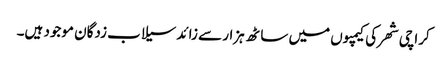
کراچی شھر کی کیمپوں میں ساٹھ ہزار سے زائد سیلاب زدگان موجود ہیں۔